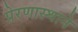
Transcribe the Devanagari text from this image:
प्रेरणास्थाने